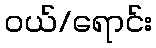
ဝယ်/ရောင်း